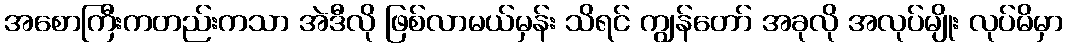
အစောကြီးကတည်းကသာ အဲဒီလို ဖြစ်လာမယ်မှန်း သိရင် ကျွန်တော် အခုလို အလုပ်မျိုး လုပ်မိမှာ